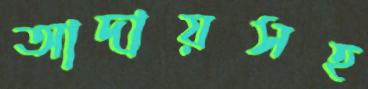
আদায়সহ